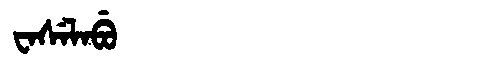
Manchu: ᠸᠠᠰᡝᠯᠠᠪᡠ
Romanization: WASELABU